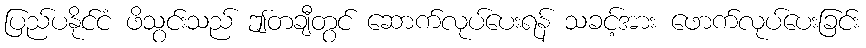
ပြည်ပနိုင်ငံ ဖိသွင်းသည် ဤတချီတွင် ဆောက်လုပ်ပေးရန် သခင့်အား ဖောက်လုပ်ပေးခြင်း